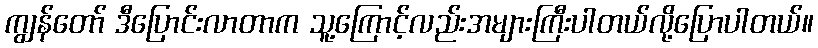
ကျွန်တော် ဒီပြောင်းလာတာက သူ့ကြောင့်လည်းအများကြီးပါတယ်လို့ပြောပါတယ်။